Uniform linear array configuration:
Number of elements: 12
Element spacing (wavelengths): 0.5
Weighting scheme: hamming
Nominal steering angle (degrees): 45
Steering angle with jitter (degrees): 45.228
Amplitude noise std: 0.05
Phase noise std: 0.05

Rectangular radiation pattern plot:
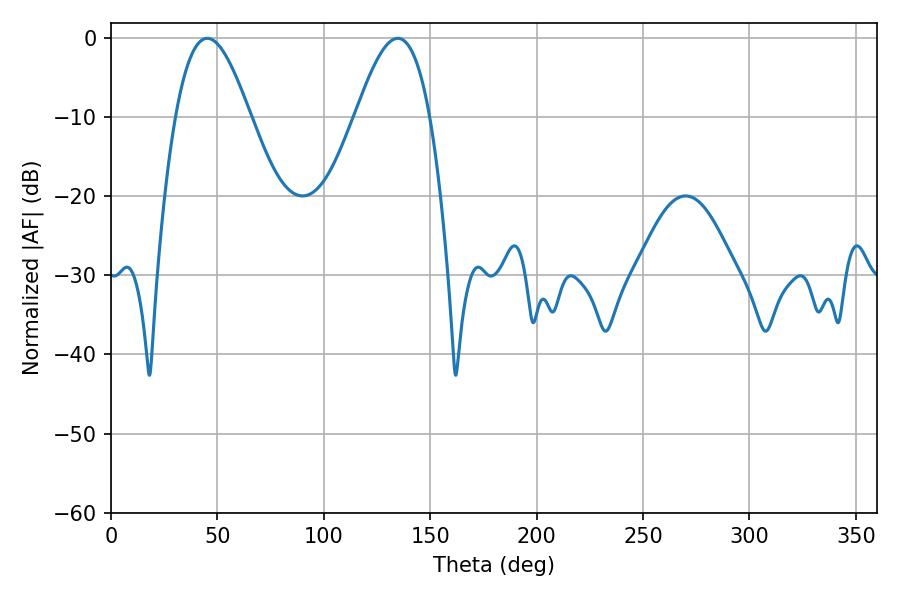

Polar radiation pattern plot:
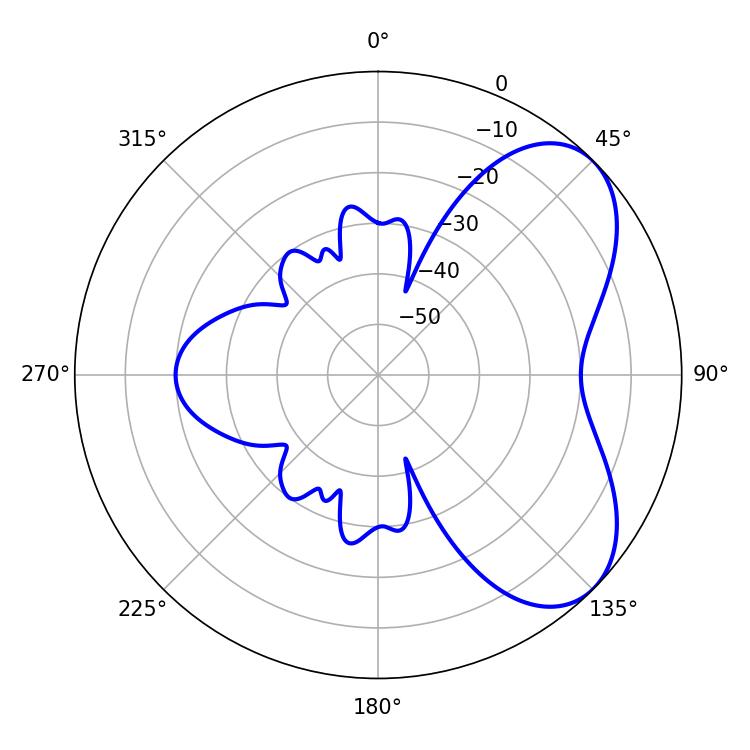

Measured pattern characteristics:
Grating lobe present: FALSE
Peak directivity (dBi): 5.817
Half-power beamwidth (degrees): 18.9
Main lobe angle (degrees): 45.18